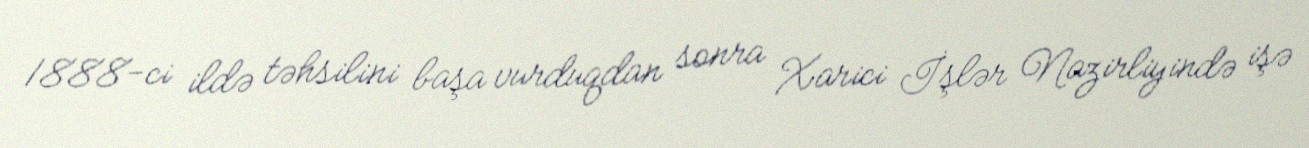
1888-ci ildə təhsilini başa vurduqdan sonra Xarici İşlər Nazirliyində işə